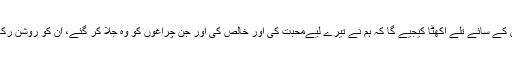
مولا ہمیں قیامت کے دن اپنے عرش کے سائے تلے اکھٹا کیجیے گا کہ ہم نے تیرے لیےمحبت کی اور خالص کی اور جن چراغوں کو وہ جلا کر گئے، ان کو روشن رکھنے کی ہمت اور توفیق عطا فرمانا۔